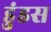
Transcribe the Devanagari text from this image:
डुंडस